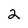
Character: 2